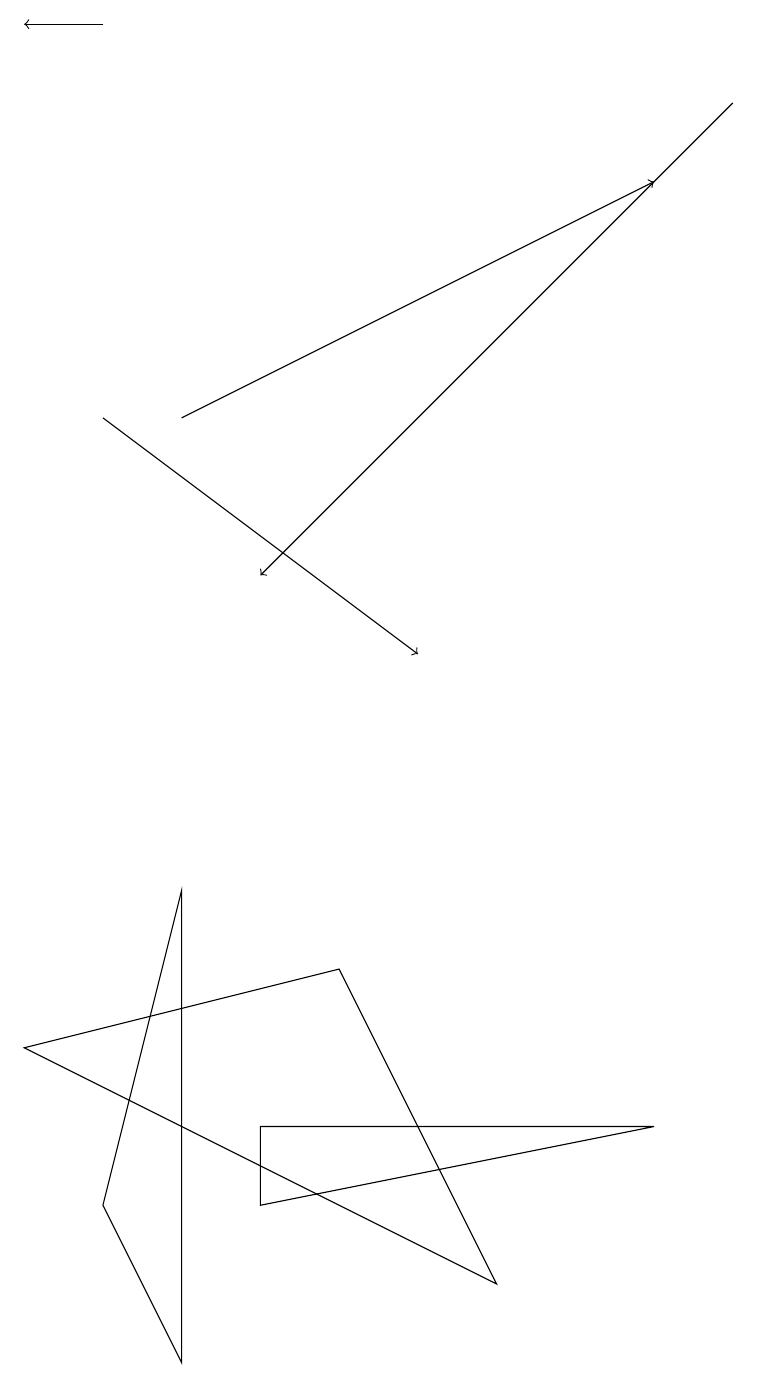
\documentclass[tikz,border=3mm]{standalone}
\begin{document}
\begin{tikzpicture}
\draw[->] (1,18) -- (0,18);
\draw (1,3) -- (2,7) -- (2,1) -- cycle;
\draw[->] (1,13) -- (5,10);
\draw (0,5) -- (4,6) -- (6,2) -- cycle;
\draw (8,4) -- (3,3) -- (3,4) -- cycle;
\draw[->] (2,13) -- (8,16);
\draw[->] (9,17) -- (3,11);
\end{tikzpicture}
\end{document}